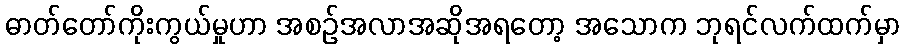
ဓာတ်တော်ကိုးကွယ်မှုဟာ အစဉ်အလာအဆိုအရတော့ အသောက ဘုရင်လက်ထက်မှာ